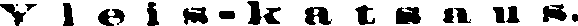
Y l e i s-k a t s a u s.